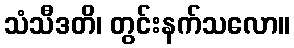
သံသီဒတိ၊ တွင်းနက်သလော။